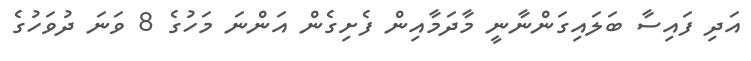
އަދި ފައިސާ ބަލައިގަންނާނީ މާދަމާއިން ފެށިގެން އަންނަ މަހުގެ 8 ވަނަ ދުވަހުގެ